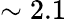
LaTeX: \sim 2.1